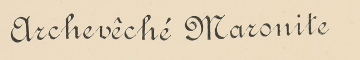
Archevêché Maronite